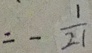
= - \frac { 1 } { 2 1 }